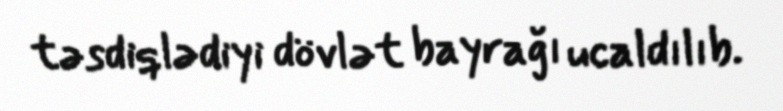
təsdiqlədiyi dövlət bayrağı ucaldılıb.